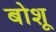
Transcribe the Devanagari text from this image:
बोशू